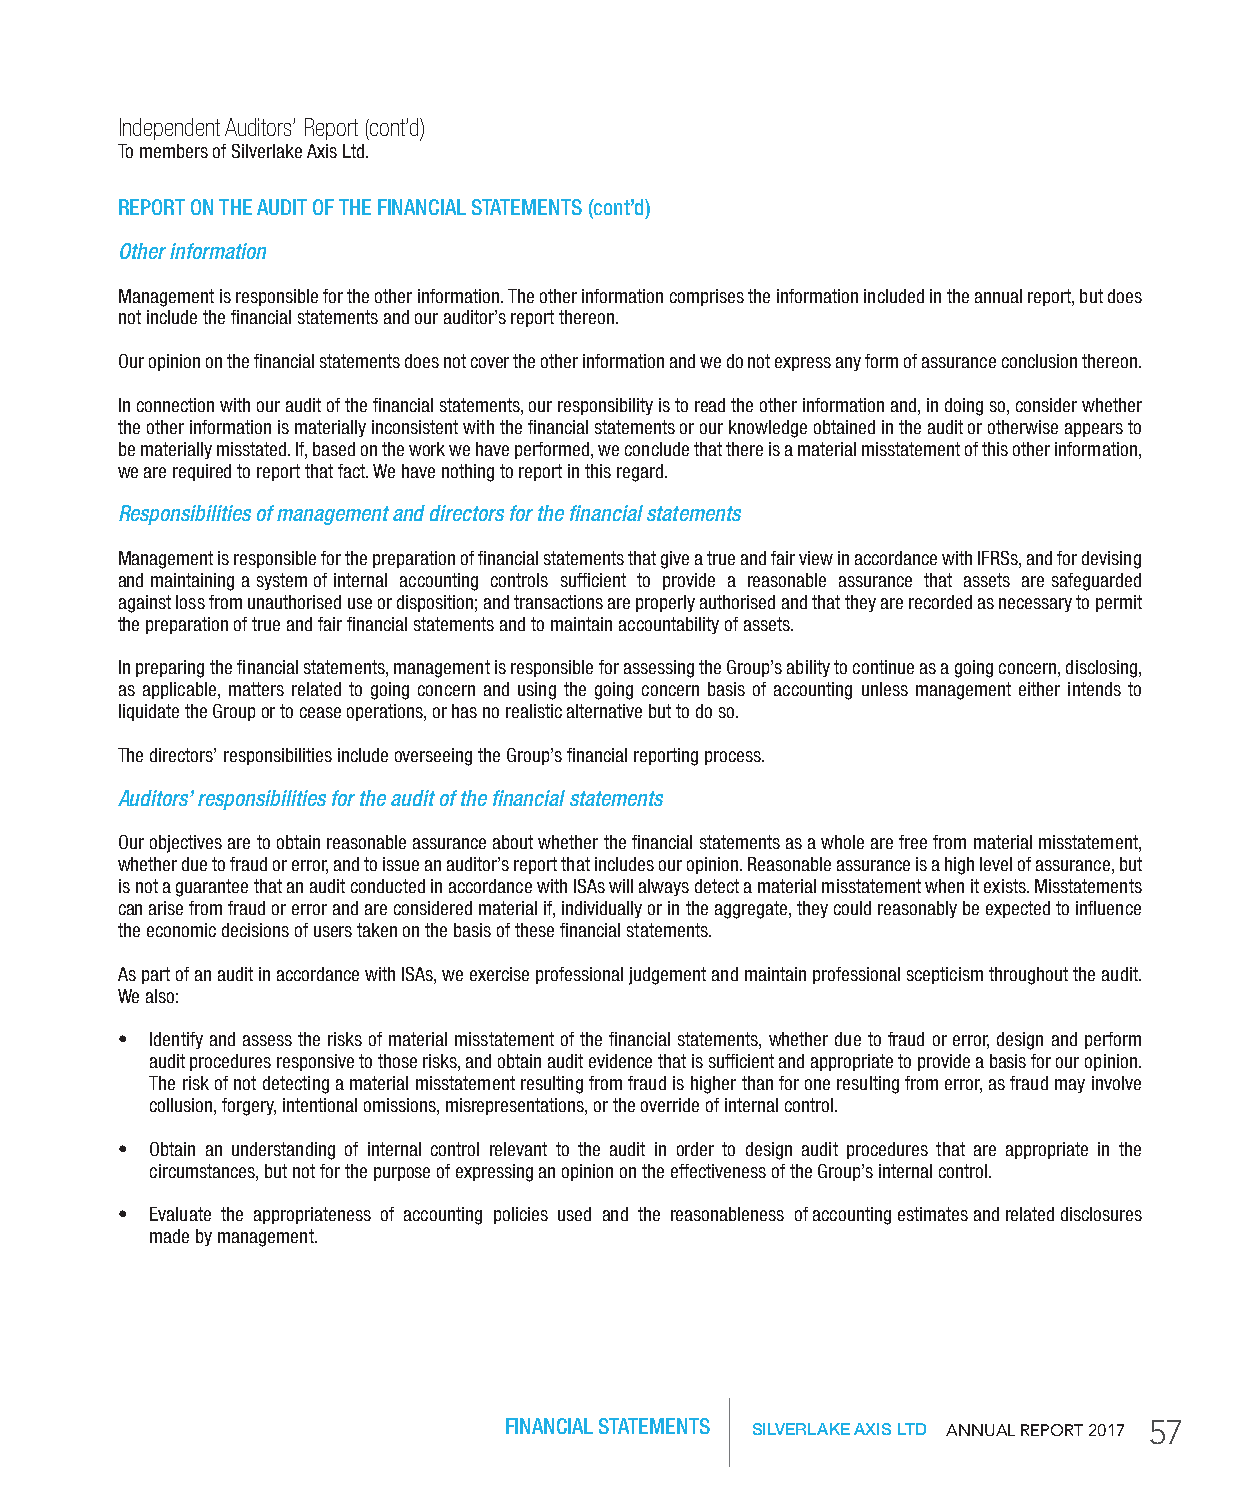
Independent Auditors’ Report (cont’d)
 To members of Silverlake Axis Ltd.
 rEPorT oN ThE AuDIT oF ThE FINANCIAL STATEMENTS (cont’d)
 Other information
 Management is responsible for the other information. The other information comprises the information included in the annual report, but does
 not include the financial statements and our auditor’s report thereon.
 Our opinion on the financial statements does not cover the other information and we do not express any form of assurance conclusion thereon.
 In connection with our audit of the financial statements, our responsibility is to read the other information and, in doing so, consider whether
 the other information is materially inconsistent with the financial statements or our knowledge obtained in the audit or otherwise appears to
 be materially misstated. If, based on the work we have performed, we conclude that there is a material misstatement of this other information,
 we are required to report that fact. We have nothing to report in this regard.
 Responsibilities of management and directors for the financial statements
 Management is responsible for the preparation of financial statements that give a true and fair view in accordance with IFRSs, and for devising
 and maintaining a system of internal accounting controls sufficient to provide a reasonable assurance that assets are safeguarded
 against loss from unauthorised use or disposition; and transactions are properly authorised and that they are recorded as necessary to permit
 the preparation of true and fair financial statements and to maintain accountability of assets.
 In preparing the financial statements, management is responsible for assessing the Group’s ability to continue as a going concern, disclosing,
 as applicable, matters related to going concern and using the going concern basis of accounting unless management either intends to
 liquidate the Group or to cease operations, or has no realistic alternative but to do so.
 The directors’ responsibilities include overseeing the Group’s financial reporting process.
 Auditors’ responsibilities for the audit of the financial statements
 Our objectives are to obtain reasonable assurance about whether the financial statements as a whole are free from material misstatement,
 whether due to fraud or error, and to issue an auditor’s report that includes our opinion. Reasonable assurance is a high level of assurance, but
 is not a guarantee that an audit conducted in accordance with ISAs will always detect a material misstatement when it exists. Misstatements
 can arise from fraud or error and are considered material if, individually or in the aggregate, they could reasonably be expected to influence
 the economic decisions of users taken on the basis of these financial statements.
 As part of an audit in accordance with ISAs, we exercise professional judgement and maintain professional scepticism throughout the audit.
 We also:
 • Identify and assess the risks of material misstatement of the financial statements, whether due to fraud or error, design and perform
 audit procedures responsive to those risks, and obtain audit evidence that is sufficient and appropriate to provide a basis for our opinion.
 The risk of not detecting a material misstatement resulting from fraud is higher than for one resulting from error, as fraud may involve
 collusion, forgery, intentional omissions, misrepresentations, or the override of internal control.
 • Obtain an understanding of internal control relevant to the audit in order to design audit procedures that are appropriate in the
 circumstances, but not for the purpose of expressing an opinion on the effectiveness of the Group’s internal control.
 • Evaluate the appropriateness of accounting policies used and the reasonableness of accounting estimates and related disclosures
 made by management.
 FINANCIAL STATEMENTS SILVERLAKE AXIS LTD AnnuAl RepoRt 2017 57